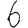
Digit: 6